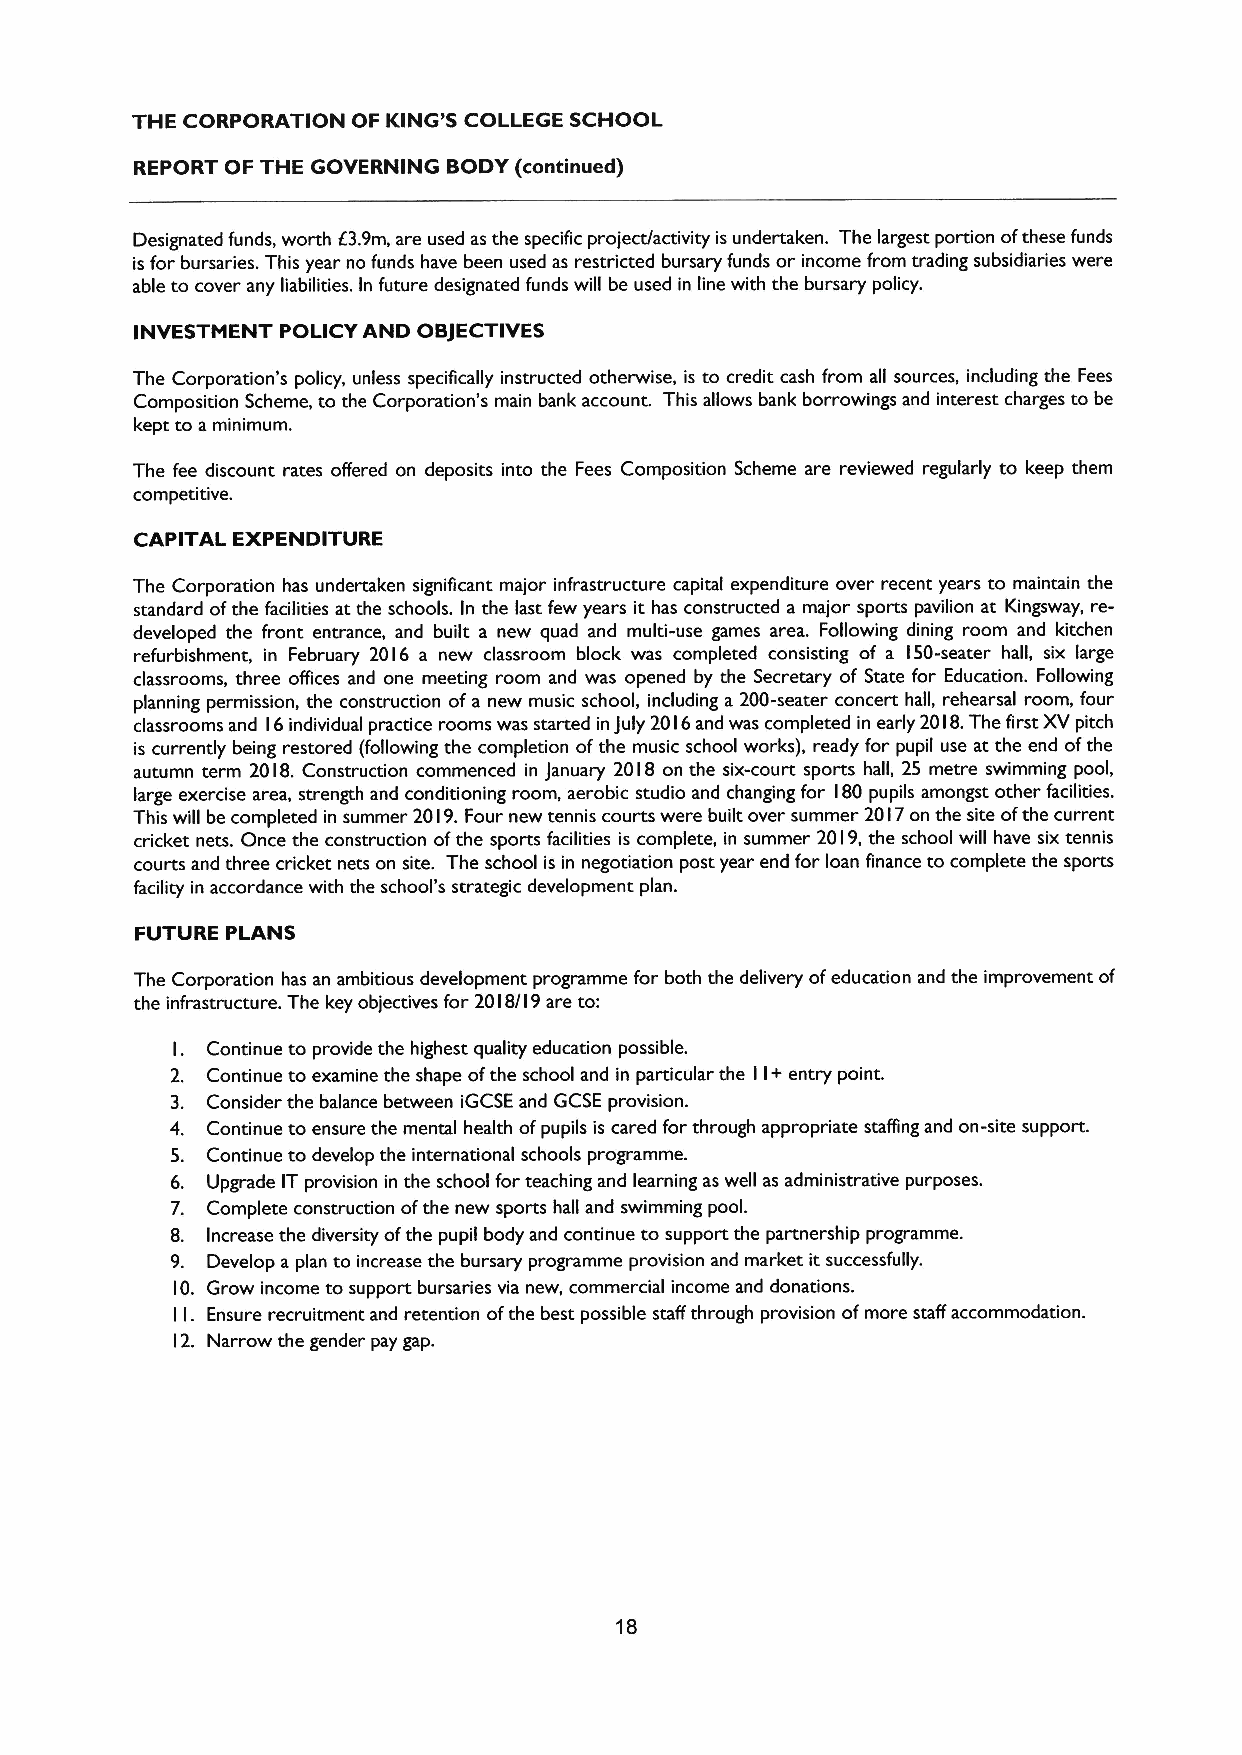
THE CORPORATION OF KING'S COLLEGE SCHOOL
 REPORT OF THE GOVERNING BODY (continued)
 Designated funds, worth 63.9m, are used as the specific project/activity is undertaken. The largest portion ofthese funds
 is for bursaries. This year no funds have been used as restricted bursary funds or income from trading subsidiaries were
 able to cover any liabilities. In future designated funds will be used in line with the bursary policy.
 INVESTMENT POLICY AND OBJECTIVES
 The Corporation's policy, unless specifically instructed otherwise, is to credit cash from all sources, including the Fees
 Composition Scheme, to the Corporation's main bank account. This allows bank borrowings and interest charges to be
 kept to aminimum.
 The fee discount rates offered on deposits into the Fees Composition Scheme are reviewed regularly to keep them
 competitive.
 CAPITAL EXPENDITURE
 The Corporation has undertaken significant major infrastructure capital expenditure over recent years to maintain the
 standard ofthe facilities at the schools. In the last few years it has constructed a major sports pavilion at Kingsway, re-
 developed the front entrance, and built a new quad and multi-use games area. Following dining room and kitchen
 refurbishment, in February 20I6 a new classroom block was completed consisting of a I50-seater hall, six large
 classrooms, three offices and one meeting room and was opened by the Secretary of State for Education. Following
 planning permission, the construction ofa new music school, including a 200-seater concert hall, rehearsal room, four
 classrooms and I6individual practice rooms was started in July 20 I6and was completed in early 20 I8.The first XVpitch
 is currently being restored (following the completion ofthe music school works), ready for pupil use at the end ofthe
 autumn term 20I8. Construction commenced in January 20I8 on the six-court sports hall, 25 metre swimming pool,
 large exercise area, strength and conditioning room, aerobic studio and changing for I80 pupils amongst other facilities.
 This will be completed in summer 20 I9.Four new tennis courts were built over summer 2017on the site ofthe current
 cricket nets. Once the construction ofthe sports facilities is complete, in summer 20 I9,the school will have six tennis
 courts and three cricket nets on site. The school is in negotiation post year end for loan finance to complete the sports
 facility in accordance with the school's strategic development plan.
 FUTURE PLANS
 The Corporation has an ambitious development programme for both the delivery ofeducation and the improvement of
 the infrastructure. The key objectives for 20 I8/l9 are to:
 I. Continue to provide the highest quality education possible.
 2. Continue to examine the shape ofthe school and in particular the I I+entry point.
 3. Consider the balance between iGCSE and GCSE provision.
 4. Continue to ensure the mental health ofpupils is cared for through appropriate staffing and on-site support.
 5. Continue to develop the international schools programme.
 6. Upgrade IT provision in the school for teaching and learning as well as administrative purposes.
 7. Complete construction ofthe new sports hall and swimming pool.
 8. Increase the diversity ofthe pupil body and continue to support the partnership programme.
 9. Develop a plan to increase the bursary programme provision and market it successfully.
 IO. Grow income to support bursaries via new, commercial income and donations.
 I. Ensure recruitment and retention ofthe best possible staff through provision ofmore staff accommodation.
 I
 I2. Narrow the gender pay gap.